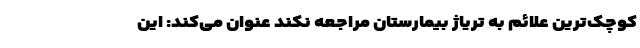
کوچک‌ترین علائم به تریاژ بیمارستان مراجعه نکند عنوان می‌کند: این